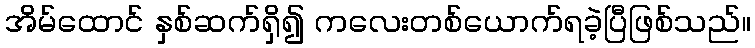
အိမ်ထောင် နှစ်ဆက်ရှိ၍ ကလေးတစ်ယောက်ရခဲ့ပြီဖြစ်သည်။